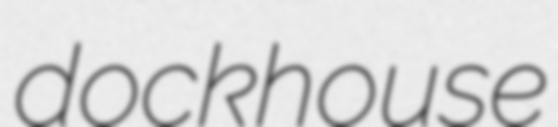
dockhouse